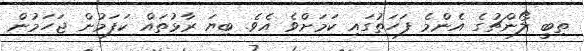
ތިބީ ލޯންޗުގެ އެންމެ ފަހަތުގައި ކަމަށްވެ އެވެ. ބިޔަ ރާޅުތައް ކަފަމުން ޖަހަމުން